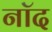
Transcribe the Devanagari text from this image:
नॉद